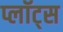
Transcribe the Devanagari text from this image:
प्लॉट्स